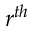
r ^ { t h }